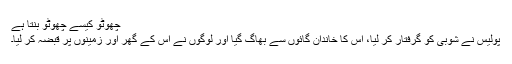
چھوٹو کیسے چھوٹو بنتا ہے
پولیس نے شوبی کو گرفتار کر لیا، اس کا خاندان گائوں سے بھاگ گیا اور لوگوں نے اس کے گھر اور زمینوں پر قبضہ کر لیا۔